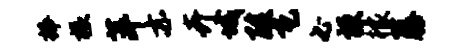
捧椽萍亦卉城酸瓦必梗檬藤